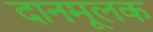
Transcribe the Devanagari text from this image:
दानमूलक